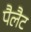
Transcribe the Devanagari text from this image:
पैलैट